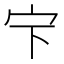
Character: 𱚃